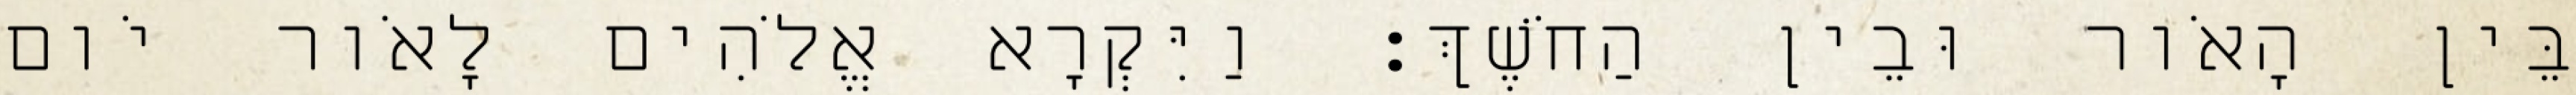
בֵּין הָאֹור וּבֵין הַחֹשֶׁךְ׃ וַיִּקְרָא אֱלֹהִים לָאֹור יֹום